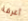
أعرفة